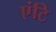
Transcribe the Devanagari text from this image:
एंटि